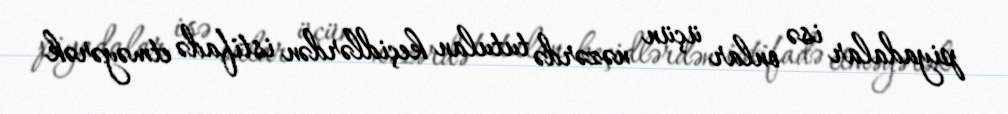
piyadalar isə onlar üçün nəzərdə tutulan keçidlərdən istifadə etməyərək